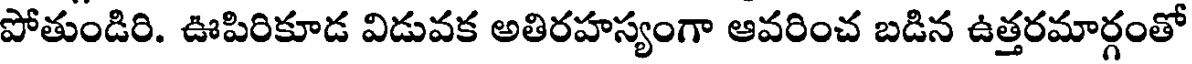
పోతుండిరి. ఊపిరికూడ విడువక అతిరహస్యంగా ఆవరించ బడిన ఉత్తరమార్గంతో